Senior Leaving Certificate Examination (including Day School Certificate (Higher) General paper), 1950
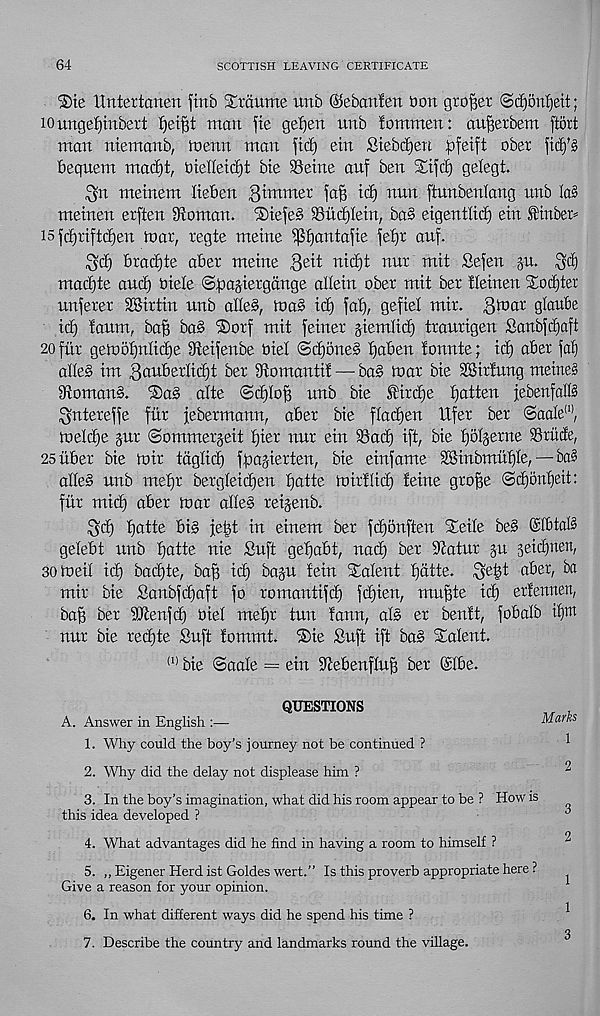
64
SCOTTISH LEAVING CERTIFICATE
®te Hntertcmen jinb Srdume unb ©ebanfen bon grower <Sd^on!)eit;
10 ungef)tubert
man fte gef)en unb fommen: aufjerbem (tort
man ntemanb, menu man (id) ein Stebdjeu Jpfeift ober (id)^
bequem mac^t, oiefteidd bie Seine au( ben Xi(cf) gelegt.
^n meinem lieben Qimmet (a§ id) nun (tunbenlang nub Ia3
meinen erften Soman. ®ie(e§ Sud)tein, ba§ eigentlid) ein Stinben
i5(d)riftd)en toar, regte meine ^5t)anta(ie (et)r auf.
bradjte aBer meine $eit nid)t nur mit £e(en 5U.
mad)te and) oiele <3pajiergduge altein ober mit ber tteinen Slo^ter
unjerer SKirtin unb alle§, toa^ id) (at), ge(iet mir. ^toar glauBe
id) taum, ba^ ba§ ®or( mit (einer giemtid) traurigen Sanb(ct)aft
20 fitr geU)of)ntid)e Sei(enbe Biel <Sd)one§ f)aBen fonnte; id) aBer (at)
alte§ im ^auBerlidjt ber Somantif — ba§ toar bie SSirtung meine§
SomanS. ®a§ atte (5d)Io($ unb bie £’ird)e tjatten jebenfalB
^ntere((e fur jebermann, aBer bie ftadjen lifer ber (Saate (I) ,
toeldje gur (Sommergeit tjier nur ein Sad) ift, bie fjoljerne Srlicte,
25itBer bte toir tdgtid) (pajierten, bie einfame SSinbmutjte, — ba§
atteS unb metjr bergteidjen fjatte toirflid) feme gro^e <Sd)ont)eit:
fur mid) aBer toar atte§ reijenb.
$d) tjatte Bi§ je^t in einem ber (djonften Steite be§ (SIBtaB
geteBt unb fjatte nie Suft getfaBt, nad) ber Satur §u seidjnen,
30 toed id) bad)te, baft id) baju fein latent fjdtte. ^e|t aBer, ba
mir bie Sanbfdfaft (0 romanti(d) (d)ien, muftte id) erfennen,
ba^ ber Slenfd) Biet mefjr tun fann, ats er benft, (oBatb it)tn
nur bie red)te Suft fommt. ®ie Suft ift ba§ latent.
(1) bie @aale = ein SeBenftufj ber ©IBe.
QUESTIONS
A. Answer in English :—
1. Why could the boy’s journey not be continued ?
2. Why did the delay not displease him ?
3. In the boy’s imagination, what did his room appear to be ? How is
this idea developed ?
4. What advantages did he find in having a room to himself ?
5. ,, Eigener Herdist Goldes wert.” Is this proverb appropriate here ?
Give a reason for your opinion.
6. In what different ways did he spend his time ?
7. Describe the country and landmarks round the vihage.
3